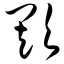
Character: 欺